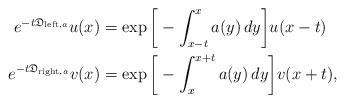
LaTeX: \begin{align*}e^{-t\mathfrak{D}_{{\rm left},a}}u(x)&=\exp\bigg[-\int_{x-t}^{x}a(y)\,dy\bigg]u(x-t) \\e^{-t\mathfrak{D}_{{\rm right},a}}v(x)&=\exp\bigg[-\int_{x}^{x+t}a(y)\,dy\bigg]v(x+t),\end{align*}